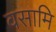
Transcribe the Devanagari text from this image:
वसामि